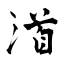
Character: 渞